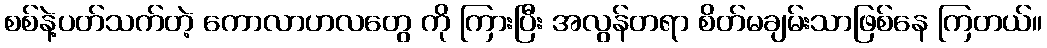
စစ်နဲ့ပတ်သက်တဲ့ ကောလာဟလတွေ ကို ကြားပြီး အလွန်တရာ စိတ်မချမ်းသာဖြစ်နေ ကြတယ်။